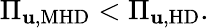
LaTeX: \Pi_{\mathbf{u},\mathrm{{MHD}}}<\Pi_{\mathbf{u},\mathrm{{HD}}}.